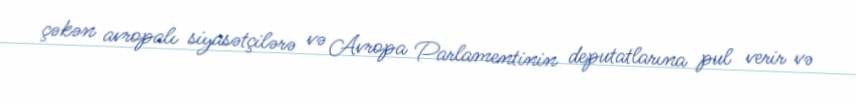
çəkən avropalı siyasətçilərə və Avropa Parlamentinin deputatlarına pul verir və